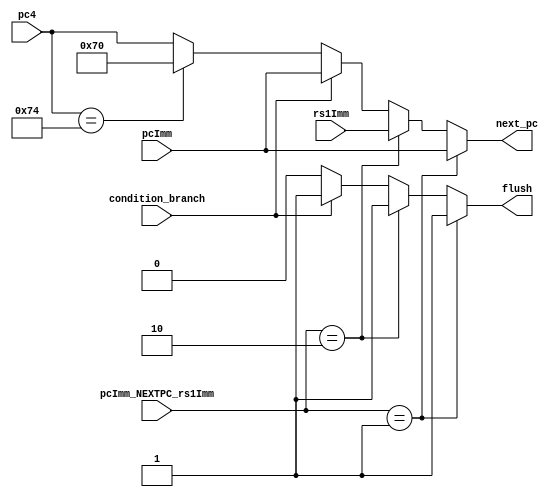
module next_pc(
    input [1: 0] pcImm_NEXTPC_rs1Imm,
    input condition_branch,
    input [31: 0] pc4, pcImm, rs1Imm,

    output reg [31: 0] next_pc,
    output reg flush
);

always @(*) begin
    if(pcImm_NEXTPC_rs1Imm == 2'b01) begin
        next_pc = pcImm;
        flush = 1'b1;
    end else if(pcImm_NEXTPC_rs1Imm == 2'b10) begin 
        next_pc = rs1Imm;
        flush = 1'b1;
    end else if(condition_branch) begin 
        next_pc = pcImm;
        flush = 1'b1;
    end else if(pc4 == 32'd116) begin 
        next_pc = 32'd112;
        flush = 1'b0;
    end else begin 
        next_pc = pc4;
        flush = 1'b0;
    end
end

endmodule